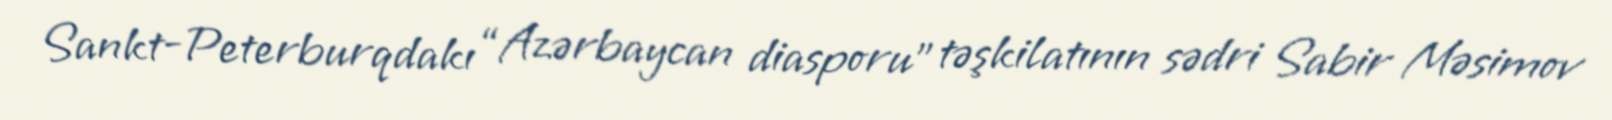
Sankt-Peterburqdakı “Azərbaycan diasporu” təşkilatının sədri Sabir Məsimov